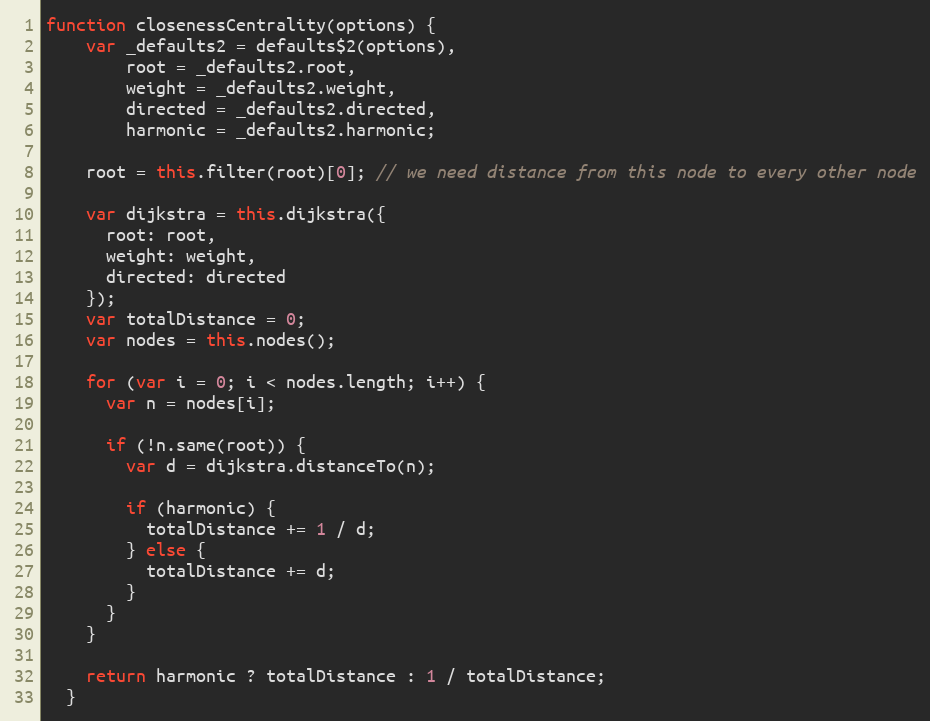
Language: JavaScript
function closenessCentrality(options) {
    var _defaults2 = defaults$2(options),
        root = _defaults2.root,
        weight = _defaults2.weight,
        directed = _defaults2.directed,
        harmonic = _defaults2.harmonic;

    root = this.filter(root)[0]; // we need distance from this node to every other node

    var dijkstra = this.dijkstra({
      root: root,
      weight: weight,
      directed: directed
    });
    var totalDistance = 0;
    var nodes = this.nodes();

    for (var i = 0; i < nodes.length; i++) {
      var n = nodes[i];

      if (!n.same(root)) {
        var d = dijkstra.distanceTo(n);

        if (harmonic) {
          totalDistance += 1 / d;
        } else {
          totalDistance += d;
        }
      }
    }

    return harmonic ? totalDistance : 1 / totalDistance;
  }